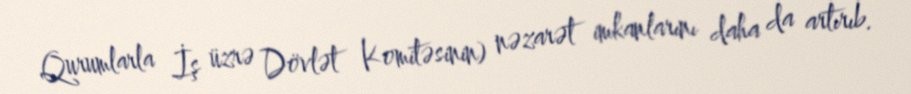
Qurumlarla İş üzrə Dövlət Komitəsinin) nəzarət imkanlarını daha da artırıb.